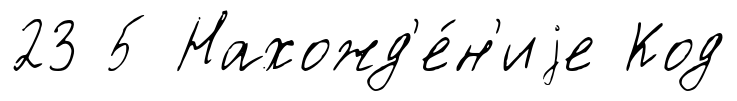
23 5 Нахожд'е́н'иjе Код